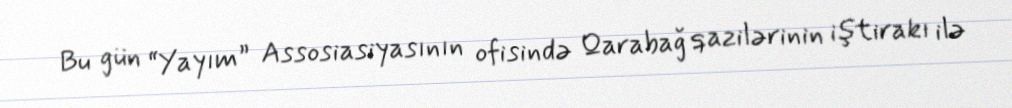
Bu gün “Yayım” Assosiasiyasının ofisində Qarabağ qazilərinin iştirakı ilə